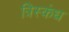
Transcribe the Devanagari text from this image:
त्रिस्कंध